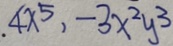
4 x ^ { 5 } , - 3 x ^ { 2 } y ^ { 3 }